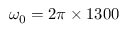
\omega _ { 0 } = 2 \pi \times 1 3 0 0